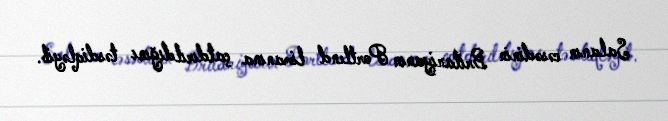
Salanın cəsədinin Britaniyanın Portlend limanına çatdırıldığını təsdiqləyib.